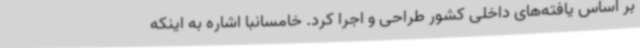
بر اساس یافته‌های داخلی کشور طراحی و اجرا کرد. خامسانبا اشاره به اینکه